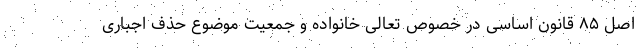
اصل ۸۵ قانون اساسی در خصوص تعالی خانواده و جمعیت موضوع حذف اجباری